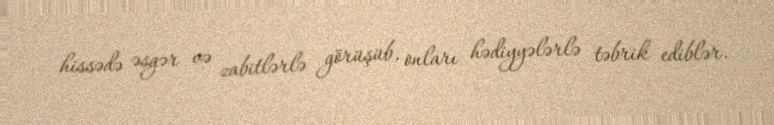
hissədə əsgər və zabitlərlə görüşüb, onları hədiyyələrlə təbrik ediblər.